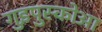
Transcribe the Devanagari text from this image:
गुइपुस्कोआ